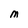
Character: M